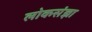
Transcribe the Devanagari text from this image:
लोकसंज्ञा